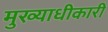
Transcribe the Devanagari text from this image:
मुख्याधीकारी